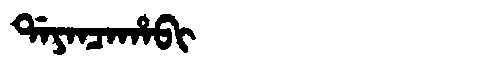
Manchu: ᡩᠠᠶᠠᠨᠴᠠᡥᠠᠪᡳ
Romanization: DAYANCAHABI